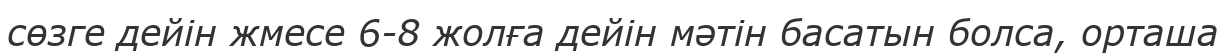
сөзге дейін жмесе 6-8 жолға дейін мәтін басатын болса, орташа